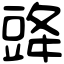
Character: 䜶